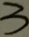
3